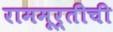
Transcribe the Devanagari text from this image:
राममूर्तीची